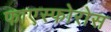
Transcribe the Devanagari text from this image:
फाएस्फोरोस